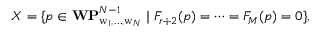
X = \{ p \in { \bf W P } _ { \mathrm { w } _ { 1 } , \ldots , \mathrm { w } _ { N } } ^ { N - 1 } \mid F _ { r + 2 } ( p ) = \cdots = F _ { M } ( p ) = 0 \} ,